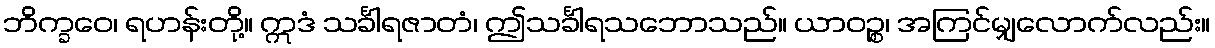
ဘိက္ခဝေ၊ ရဟန်းတို့။ ဣဒံ သင်္ခါရဇာတံ၊ ဤသင်္ခါရသဘောသည်။ ယာဝဉ္စ၊ အကြင်မျှလောက်လည်း။